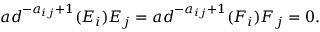
a d ^ { - a _ { i j } + 1 } ( E _ { i } ) E _ { j } = a d ^ { - a _ { i j } + 1 } ( F _ { i } ) F _ { j } = 0 .